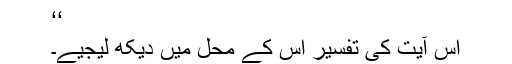
‘‘
اس آیت کی تفسیر اس کے محل میں دیکھ لیجیے۔